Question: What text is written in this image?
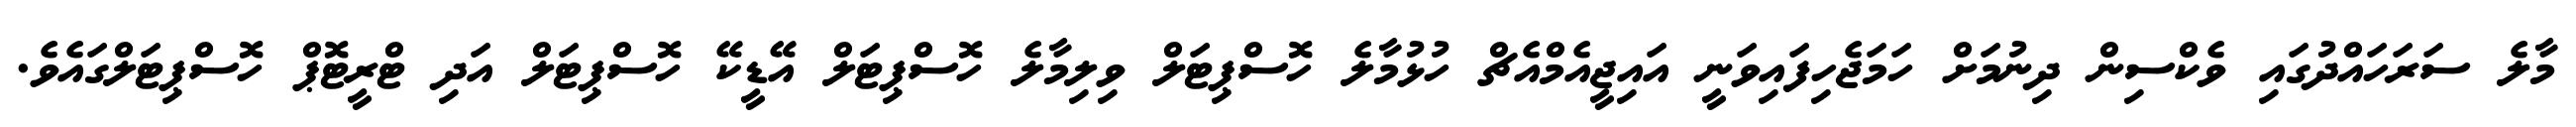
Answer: މާލެ ސަރަހައްދުގައި ވެކްސިން ދިނުމަށް ހަމަޖެހިފައިވަނީ އައިޖީއެމްއެޗް ހުޅުމާލެ ހޮސްޕިޓަލް ވިލިމާލެ ހޮސްޕިޓަލް އޭޑީކޭ ހޮސްޕިޓަލް އަދި ޓްރީޓޮޕް ހޮސްޕިޓަލްގައެވެ.